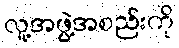
လူ့အဖွဲ့အစည်းကို